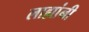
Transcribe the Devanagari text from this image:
लाह्यांनी